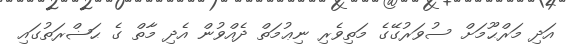
އަދި މަރްޙޫމަށް ސުވަރުގޭގެ މަތިވެރި ނިޢުމަތް ދެއްވުން އެދި މާތް ގެ ޙަޟްރަތުގައި